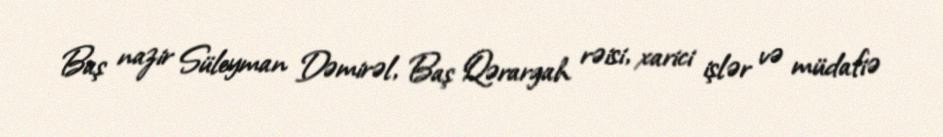
Baş nazir Süleyman Dəmirəl, Baş Qərargah rəisi, xarici işlər və müdafiə